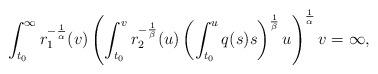
LaTeX: \begin{align*}\int_{t_{0}}^{\infty}r_{1}^{-\frac{1}{\alpha}}(v)\left(\int_{t_{0}}^{v}r_{2}^{-\frac{1}{\beta}}(u)\left(\int_{t_{0}}^{u}q(s)s\right)^{\frac{1}{\beta}}u\right)^{\frac{1}{\alpha}}v = \infty ,\end{align*}